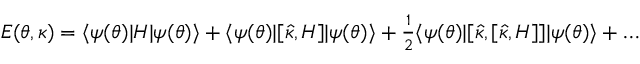
\begin{array} { r } { E ( { \boldsymbol { \theta } } , { \boldsymbol { \kappa } } ) = \ensuremath { \langle { \psi ( { \boldsymbol { \theta } } ) } \rvert } H \ensuremath { \lvert { \psi ( { \boldsymbol { \theta } } ) } \rangle } + \ensuremath { \langle { \psi ( { \boldsymbol { \theta } } ) } \rvert } [ \hat { \kappa } , H ] \ensuremath { \lvert { \psi ( { \boldsymbol { \theta } } ) } \rangle } + \frac { 1 } { 2 } \ensuremath { \langle { \psi ( { \boldsymbol { \theta } } ) } \rvert } [ \hat { \kappa } , [ \hat { \kappa } , H ] ] \ensuremath { \lvert { \psi ( { \boldsymbol { \theta } } ) } \rangle } + \dots } \end{array}